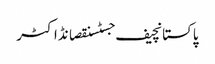
پاکستانچیف جسٹسنقصانڈاکٹر